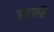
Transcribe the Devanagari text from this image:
हरपति